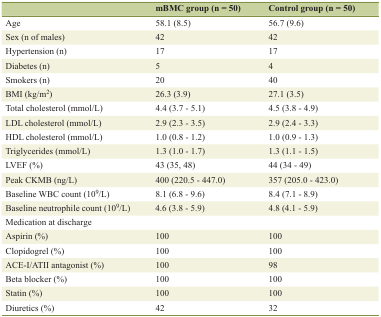
<table><thead><tr><td></td><td><b>mBMC group (n = 50)</b></td><td><b>Control group (n = 50)</b></td></tr></thead><tbody><tr><td>Age</td><td>58.1 (8.5)</td><td>56.7 (9.6)</td></tr><tr><td>Sex (n of males)</td><td>42</td><td>42</td></tr><tr><td>Hypertension (n)</td><td>17</td><td>17</td></tr><tr><td>Diabetes (n)</td><td>5</td><td>4</td></tr><tr><td>Smokers (n)</td><td>20</td><td>40</td></tr><tr><td>BMI (kg/m<sup>2</sup>)</td><td>26.3 (3.9)</td><td>27.1 (3.5)</td></tr><tr><td>Total cholesterol (mmol/L)</td><td>4.4 (3.7 - 5.1)</td><td>4.5 (3.8 - 4.9)</td></tr><tr><td>LDL cholesterol (mmol/L)</td><td>2.9 (2.3 - 3.5)</td><td>2.9 (2.4 - 3.3)</td></tr><tr><td>HDL cholesterol (mmol/L)</td><td>1.0 (0.8 - 1.2)</td><td>1.0 (0.9 - 1.3)</td></tr><tr><td>Triglycerides (mmol/L)</td><td>1.3 (1.0 - 1.7)</td><td>1.3 (1.1 - 1.5)</td></tr><tr><td>LVEF (%)</td><td>43 (35, 48)</td><td>44 (34 - 49)</td></tr><tr><td>Peak CKMB (ng/L)</td><td>400 (220.5 - 447.0)</td><td>357 (205.0 - 423.0)</td></tr><tr><td>Baseline WBC count (10<sup>9</sup>/L)</td><td>8.1 (6.8 - 9.6)</td><td>8.4 (7.1 - 8.9)</td></tr><tr><td>Baseline neutrophile count (10<sup>9</sup>/L)</td><td>4.6 (3.8 - 5.9)</td><td>4.8 (4.1 - 5.9)</td></tr><tr><td>Medication at discharge</td><td></td><td></td></tr><tr><td>Aspirin (%)</td><td>100</td><td>100</td></tr><tr><td>Clopidogrel (%)</td><td>100</td><td>100</td></tr><tr><td>ACE-I/ATII antagonist (%)</td><td>100</td><td>98</td></tr><tr><td>Beta blocker (%)</td><td>100</td><td>100</td></tr><tr><td>Statin (%)</td><td>100</td><td>100</td></tr><tr><td>Diuretics (%)</td><td>42</td><td>32</td></tr></tbody></table>